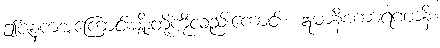
ဤဇနကအကြောင်းမျိုးတို့ကိုလည်းကောင်း။ ဣမာနိစကာရဏာနိ၊